Calcutta medical institutions reports 1892-1900
Year: 1892
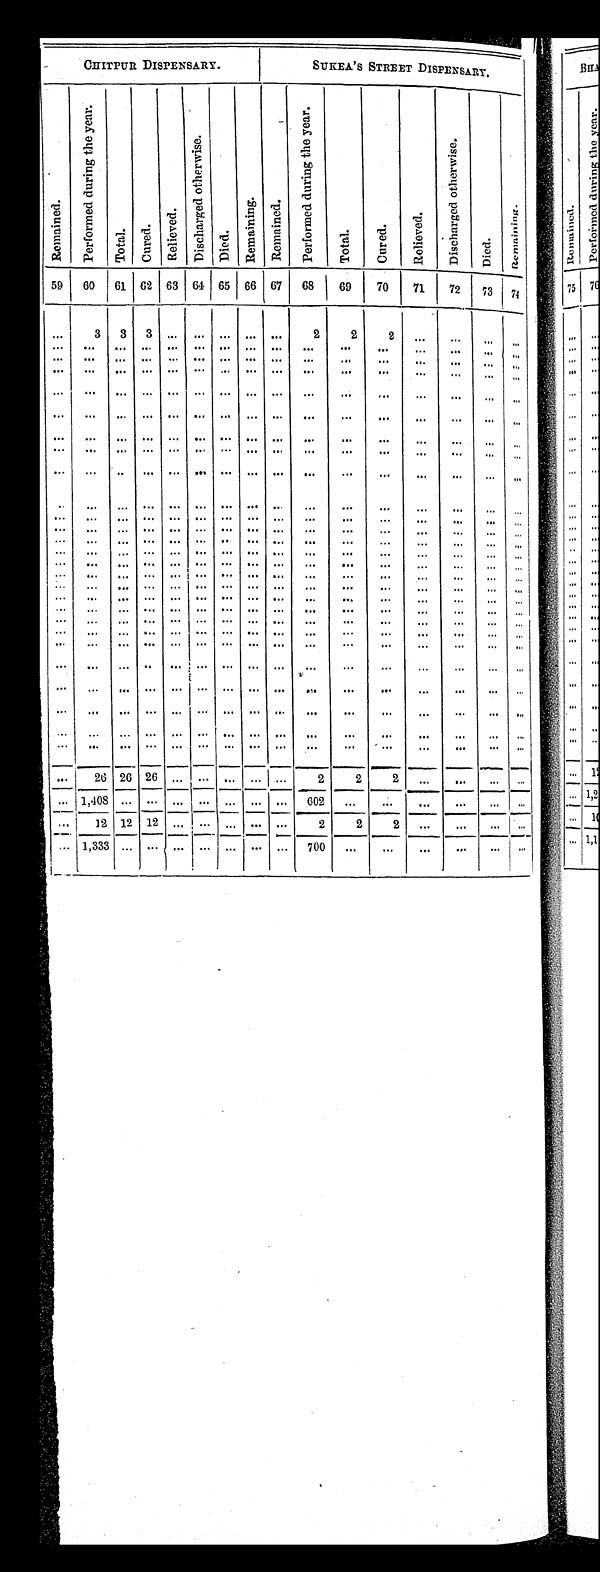
CHITPUR DISPENSARY.
SUKEA'S STREET DISPENSARY.
Remai ned.
P e r f o r m e d d u r i n g t h e y e a r .
Tot al .
C u r e d .
R e l i e v e d .
D i s c h a r g e d o t h e r w i s e .
Died. Remai ni ng. Remai ned.
P e r f o r m e d d u r i n g t h e y e a r .
T o t a l .
C u r e d .
Re l i e v e d .
D i s c h a r g e d o t h e r w i s e .
Died.
R e m a i n i n g .
59
60
61 62 63 64 65 66 67
68
69
70
71
72
73
74
. . . 3
3
3
. . . . . .
. . .. . .
. . .
2
2
2
. . .
. . .
. . .
. . .
. . .
. . . . . . . . . . . . . . . . . . . . . . . . . . .
. . .
. . .
. . .
. . .
. . . . . .
. . .
. . . . . . . . . . . . . . . . . . . . . . . . . . .
. . .
. . .
. . .
. . .
. . . . . .
. . .
. . . . . . . . . . . . . . . . . . . . . . . . . . .
. . .
. . .
. . .
. . .
. . . . . .
. . .
. . . . . . . . . . . . . . . . . . . . . . . . . . .
. . .
. . .
. . .
. . .
. . . . . .
. . .
. . . . . . . . . . . . . . . . . . . . . . . . . . .
. . .
. . .
. . .
. . .
. . . . . .
. . .
. . . . . . . . . . . . . . . . . . . . . . . . . . .
. . .
. . .
. . .
. . .
. . . . . .
. . .
. . . . . . . . . . . . . . . . . . . . . . . .
. . .
. . .
. . .
. . .
. . .
. . . . . .
. . .
. . . . . . . . . . . . . . . . . . . . . . . . . . .
. . .
. . .
. . .
. . .
. . . . . .
. . .
. . . . . . . . . . . . . . . . . . . . . . . . . . .
. . .
. . .
. . .
. . .
. . . . . .
. . .
. . . . . . . . . . . . . . . . . . . . . . . . . . .
. . .
. . .
. . .
. . .
. . . . . .
. . .
. . . . . . . . . . . . . . . . . . . . . . . . . . .
. . .
. . .
. . .
. . .
. . . . . .
. . .
. . . . . . . . . . . . . . . . . . . . . . . . . . .
. . .
. . .
. . .
. . .
. . . . . .
. . .
. . . . . . . . . . . . . . . . . . . . . . . . . . .
. . .
. . .
. . .
. . .
. . . . . .
. . .
. . . . . . . . . . . . . . . . . . . . . . . . . . .
. . .
. . .
. . .
. . .
. . . . . .
. . .
. . . . . .
. . . . . . . . . . . . . . . . . . . . .
. . .
. . .
. . .
. . .
. . . . . .
. . .
. . . . . . . . . . . . . . . . . . . . . . . . . . .
. . . . . .
. . .
. . .
. . . . . .
. . .
. . . . . . . . . . . . . . . . . . . . . . . . . . .
. . .
. . .
. . .
. . .
. . . . . .
. . .
. . . . . . . . . . . . . . . . . . . . . . . . . . .
. . . . . .
. . .
. . .
. . . . . .
. . .
. . . . . . . . . . . . . . . . . . . . . . . . . . .
. . .
. . .
. . .
. . .
. . . . . .
. . .
. . . . . . . . . . . . . . . . . . . . . . . . . . .
. . .
. . .
. . .
. . .
. . . . . .
. . .
. . . . . . . . . . . . . . . . . . . . . . . . . . .
. . .
. . .
. . .
. . .
. . . . . .
. . .
. . . . . . . . . . . . . . . . . . . . . . . . . . .
. . .
. . .
. . .
. . .
. . . . . .
. . .
. . . . . . . . . . . . . . . . . . . . . . . . . . .
. . .
. . .
. . .
. . .
. . . . . .
. . .
. . . . . . . . . . . . . . . . . . . . . . . . . . .
. . .
. . .
. . .
. . .
. . . . . .
. . .
. . . . . . . . . . . . . . . . . . . . . . . . . . .
. . .
. . .
. . .
. . .
. . . . . .
. . .
. . . . . . . . . . . . . . . . . . . . . . . . . . .
. . .
. . .
. . .
. . .
. . . . . .
. . .
26 26 26 . . . . . . . . . . . . . . .
2
2
2
. . .
. . .
. . . . . .
. . .
1, 408. . . . . . . . . . . . . . . . . . . . .
6 0 2. . .
. . .
. . .
. . .
. . . . . .
. . .
12 12 12 . . . . . .
. . . . . . . . .
2
2
2
. . .
. . .
. . . . . .
. . . 1,333 . . . . . . . . . . . . . . . . . . . . .
7 0 0. . .
. . .
. . .
. . .
. . .
. . .